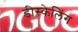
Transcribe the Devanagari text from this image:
डीस्केलिंग